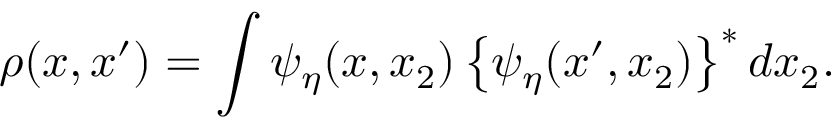
\rho ( x , x ^ { \prime } ) = \int \psi _ { \eta } ( x , x _ { 2 } ) \left\{ \psi _ { \eta } ( x ^ { \prime } , x _ { 2 } ) \right\} ^ { * } d x _ { 2 } .